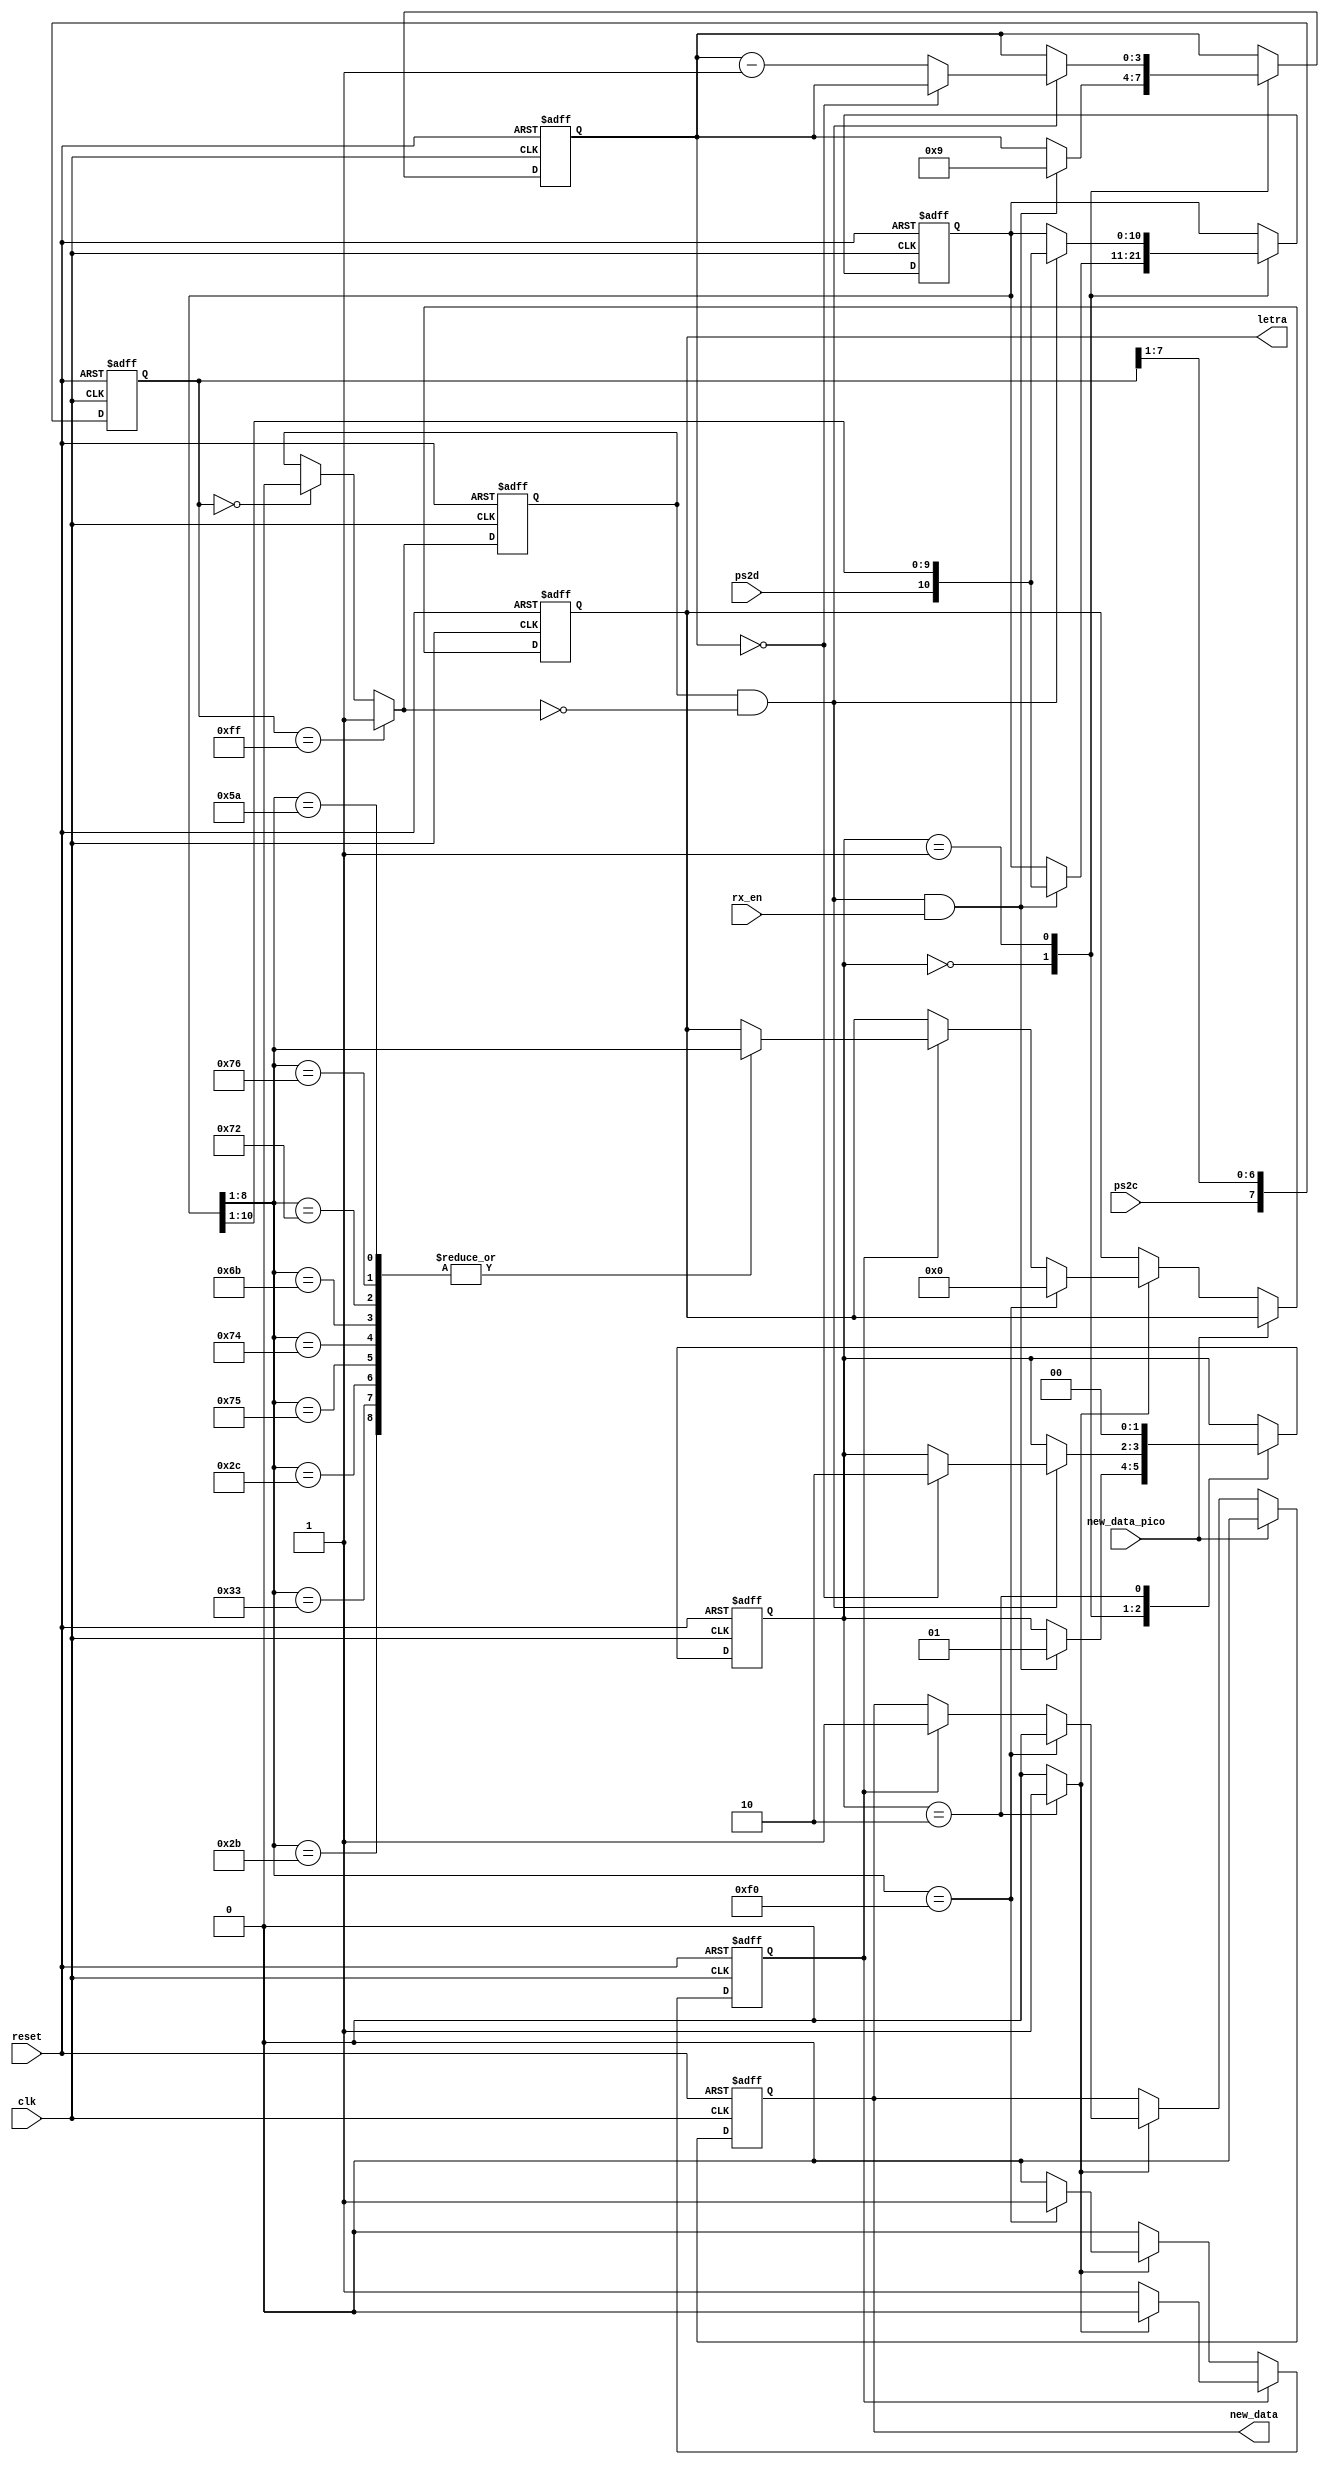
`timescale 1ns / 1ps
//////////////////////////////////////////////////////////////////////////////////
// Company: 
// Engineer: 
// 
// Design Name: 
// Module Name:    Teclado 
// Project Name: 
// Target Devices: 
// Tool versions: 
// Description: 
//
// Dependencies: 
//
// Revision: 
// Revision 0.01 - File Created
// Additional Comments: 
//
//////////////////////////////////////////////////////////////////////////////////
module Teclado(
    input wire clk, reset, new_data_pico,
    input wire ps2d, ps2c, rx_en,
    //output reg rx_done_tick,
    //output wire [7:0] dout,
	 output reg [7:0] letra,
	 //output wire llegoF,
	 output reg new_data
   );

   // symbolic state declaration
   localparam [1:0]
      idle = 2'b00,
      dps  = 2'b01,
      load = 2'b10;
	
	//VARIABLE PARA ALMACENAR EN SALIDA
	reg rx_done_tick;
	wire [7:0] dout;
	reg llegoF;
	
	//DECLARACIN DE SEALES
	reg [1:0] Est_act, Est_sig;
	reg [3:0] cont = 0;
	//reg [7:0] letra1;
	reg llegoF1;

   // signal declaration
   reg [1:0] state_reg, state_next;
   reg [7:0] filter_reg;
   wire [7:0] filter_next;
   reg f_ps2c_reg;
   wire f_ps2c_next;
   reg [3:0] n_reg, n_next;
   reg [10:0] b_reg, b_next;
   wire fall_edge;

   // body
   //=================================================
   // filter and falling-edge tick generation for ps2c
   //=================================================
   always @(posedge clk, posedge reset)
   if (reset)
      begin
         filter_reg <= 0;
         f_ps2c_reg <= 0;
      end
   else
      begin
         filter_reg <= filter_next;
         f_ps2c_reg <= f_ps2c_next;
      end

   assign filter_next = {ps2c, filter_reg[7:1]};
   assign f_ps2c_next = (filter_reg==8'b11111111) ? 1'b1 :
                        (filter_reg==8'b00000000) ? 1'b0 :
                         f_ps2c_reg;
   assign fall_edge = f_ps2c_reg & ~f_ps2c_next;

   //=================================================
   // FSMD
   //=================================================
   // FSMD state & data registers
   always @(posedge clk, posedge reset)
      if (reset)
         begin
            state_reg <= idle;
            n_reg <= 0;
            b_reg <= 0;
         end
      else
         begin
            state_reg <= state_next;
            n_reg <= n_next;
            b_reg <= b_next;
         end
   // FSMD next-state logic
   always @*
   begin
      state_next = state_reg;
      rx_done_tick = 1'b0;
      n_next = n_reg;
      b_next = b_reg;
      case (state_reg)
			idle:
				if (fall_edge & rx_en)
               begin
                  // shift in start bit
                  b_next = {ps2d, b_reg[10:1]};
                  n_next = 4'b1001;
                  state_next = dps;
               end
         dps: // 8 data + 1 parity + 1 stop
            if (fall_edge)
               begin
                  b_next = {ps2d, b_reg[10:1]};
                  if (n_reg==0)
                     state_next = load;
                  else
                     n_next = n_reg - 4'b0001;
               end
         load: // 1 extra clock to complete the last shift
            begin
               state_next = idle;
               rx_done_tick = 1'b1;
            end
      endcase
   end
   // output
   assign dout = b_reg[8:1]; // data bits
	


//Parte para reiniciar la bandera de new_data, cuando recibe dato del pico que ya se ley el dato
//se meti, en el codigo siguiente
//	always@ *
//	begin
//		if (new_data_pico)
//			new_data=0;
//		else
//			new_data = new_data;
//	end

always @(posedge clk, posedge reset)  
		if(reset)
			llegoF <= 0;
		else begin
			if(~llegoF)
				llegoF <= (~rx_done_tick)? 0:
							((dout==8'hF0)? 1:0);
			else
				llegoF <= ~rx_done_tick? 1:0;
		end

//selector de letra leyendola del codigo anterior
	always @ (posedge clk, posedge reset)
	begin
		if (reset) begin
			letra<=0;
			new_data<=0;
		end
		else if (new_data_pico) //bandera de new_data_pico //no se si estara bien esto aqui
			new_data<=0;
		else if (rx_done_tick==1) begin
			if (dout==8'hF0) begin
				letra <= 0;
				new_data<=0;
			end
			else begin
				if (llegoF==1) begin
					new_data<=1;
					case (dout)
						8'h2B: begin
							letra<=dout; //letra F
						end
						8'h33: begin
							letra<=dout; //letra H
						end
						8'h2C: begin
							letra<=dout; //letra T
						end
						8'h75: begin
							letra<=dout; //flecha arriba
						end
						8'h74: begin
							letra<=dout; //flecha derecha
						end
						8'h6B: begin
							letra<=dout; //flecha izquierda
						end
						8'h72: begin
							letra<=dout; //flecha abajo
						end
						8'h76: begin
							letra<=dout; //tecla ESC
						end
						8'h5A: begin
							letra<=dout; //enter
						end
						//default:
						//	begin
						//	letra<=0;
						//	llegoF1<=0;
						//	end
					endcase
					llegoF1<=0;
				end //end del if

					
				//if (letra!=0)
				//	new_data<=1;
				//else
				//	new_data<=0;
			end //end del else
		end //end del else if
		else begin
			letra <= letra;
			new_data<=new_data; //es parte de la bandera de new_data_pico, no se si va aqui
			
		end
	end
	
	//Establecer comparacin cuando detec==0 y letra==(a la letra a usar), 
	//para mandar como salida en otra variable a dicha letra
	
	//assign letra = letra1; //letra es tipo wire [7:0]
	//assign llegoF = llegoF1;
	
endmodule


		/*always @(posedge clk, posedge reset)  
		if(reset)
			llegoF <= 0;
		else begin
			if(~llegoF)
				llegoF <= (~rx_done_tick)? 0:
							((dout==8'hF0)? 1:0);
			else
				llegoF <= ~rx_done_tick? 1:0;
		end*/